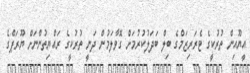
އީޔޫއިން ތުރުކީގެ ޓެރަރިޒަމްގެ ބިލް ބަދަލުކުރުމަށް ގޮވާލަމުން ދަނީ ތުރުކީގެ ރައްޔިތުންނަށް ޔޫރަޕްގެ